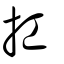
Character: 扛